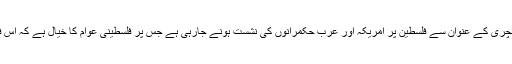
شیعت نیوز : بحرینی دارالحکومت منامہ میں آج ڈیل آف سنچری کے عنوان سے فلسطین پر امریکہ اور عرب حکمرانوں کی نشست ہونے جارہی ہے جس پر فلسطینی عوام کا خیال ہے کہ اس فورم میں فلسطین کے غدار ان کے خون کا سودا کریں گے۔